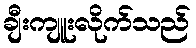
ချီးကျူးလိုက်သည်